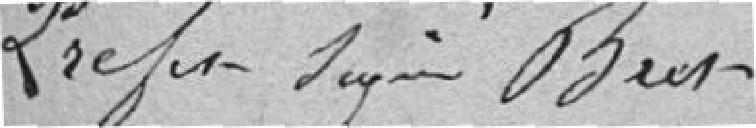
Le préfet signé Bret